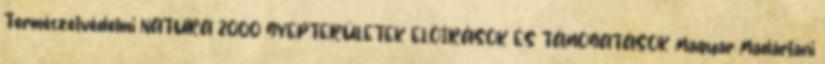
Természetvédelmi NATURA 2000 GYEPTERÜLETEK ELŐÍRÁSOK ÉS TÁMOGATÁSOK Magyar Madártani